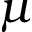
\mu